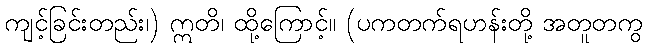
ကျင့်ခြင်းတည်း၊) ဣတိ၊ ထို့ကြောင့်။ (ပကတက်ရဟန်းတို့ အတူတကွ